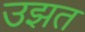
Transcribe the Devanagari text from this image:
उझत